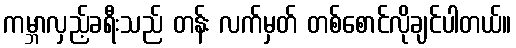
ကမ္ဘာလှည့်ခရီးသည် တန်း လက်မှတ် တစ်စောင်လိုချင်ပါတယ်။